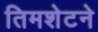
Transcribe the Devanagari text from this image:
तिमशेटने